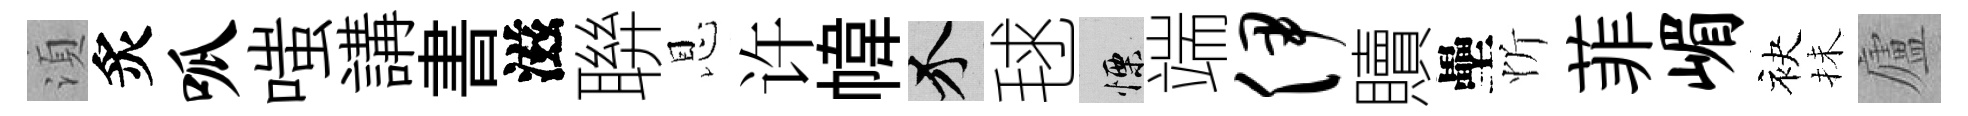
湏炙呱嗤講書滋聨恩许幃介毬慄端伊贖壘忻菲嵋袂抺廬